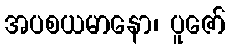
အပစယမာနော၊ ပူဇော်